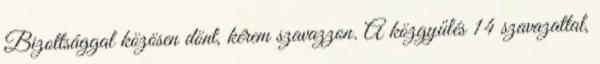
Bizottsággal közösen dönt, kérem szavazzon. A közgyűlés 14 szavazattal,